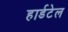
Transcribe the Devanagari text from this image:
हार्डटेल